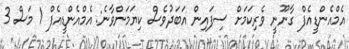
އެމްއެންޑީއެފް ގާނޫނީ ވެރިކަމަށް ސިފައިން އަބަދުވެސް ކިޔަމަންވާނެ: އެމްއެންޑީއެފް 1 މަސް 3